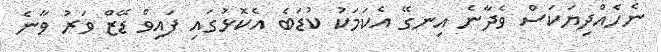
ނެހެއްދިޔަކަސް ވެދާނެ އިނގޭ އެކަމަކު ކުޑަބެ އެކޮޅުގައި ފައިވް ޑޭޒް ވަރު ވާނެ